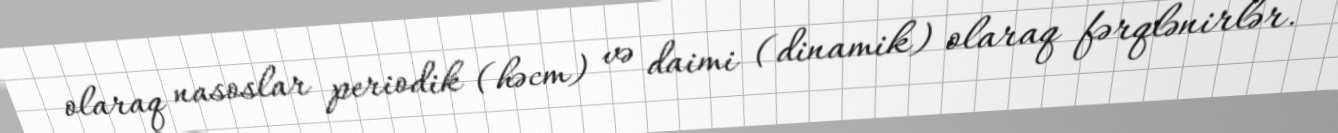
olaraq nasoslar periodik (həcm) və daimi (dinamik) olaraq fərqlənirlər.